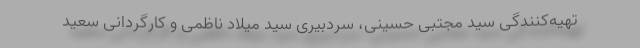
تهیه‌کنندگی سید مجتبی حسینی، سردبیری سید میلاد ناظمی و کارگردانی سعید